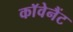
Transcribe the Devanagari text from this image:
काॅवेनैंट